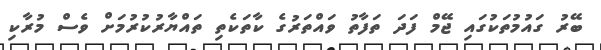
ބޭރު ގައުމުތަކުގައި ޖޭމް ފަދަ ތަފާތު ވައްތަރުގެ ކާތަކެތި ތައްޔާރުކުރުމަށް ވެސް މުރާކި